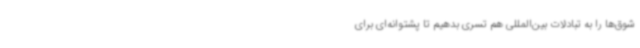
شوق‌ها را به تبادلات بین‌المللی هم تسری بدهیم تا پشتوانه‌ای برای